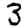
Digit: 3